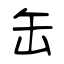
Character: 缶